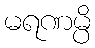
မရဏမ္ပိ